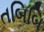
તબિબિ